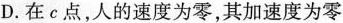
D.在c点，人的速度为零，其加速度为零